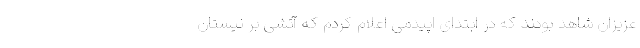
عزیزان شاهد بودند که در ابتدای اپیدمی اعلام کردم که آتشی بر نیستان